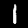
Label: 1